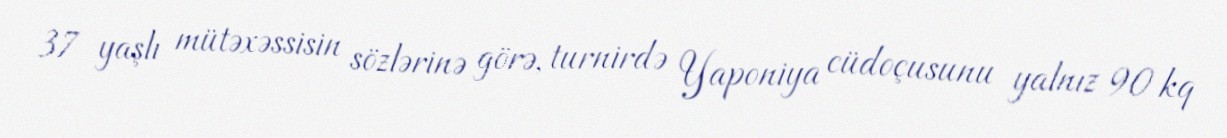
37 yaşlı mütəxəssisin sözlərinə görə, turnirdə Yaponiya cüdoçusunu yalnız 90 kq